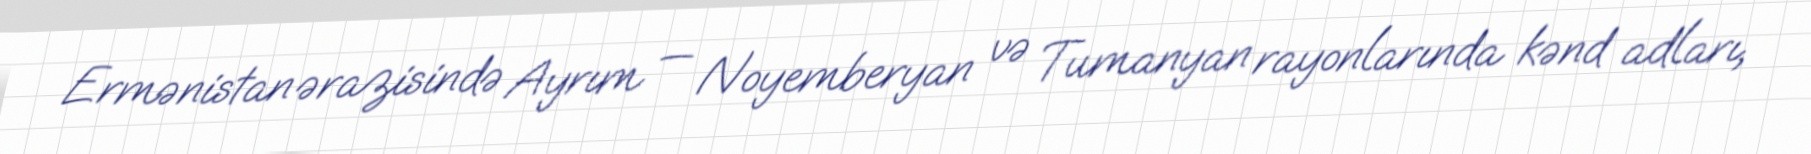
Ermənistan ərazisində Ayrım — Noyemberyan və Tumanyan rayonlarında kənd adları,